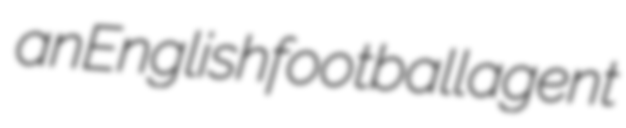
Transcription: an English football agent